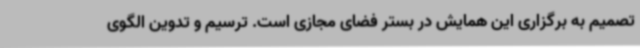
تصمیم به برگزاری این همایش در بستر فضای مجازی است. ترسیم و تدوین الگوی